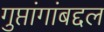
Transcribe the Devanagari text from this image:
गुप्तांगांबद्दल